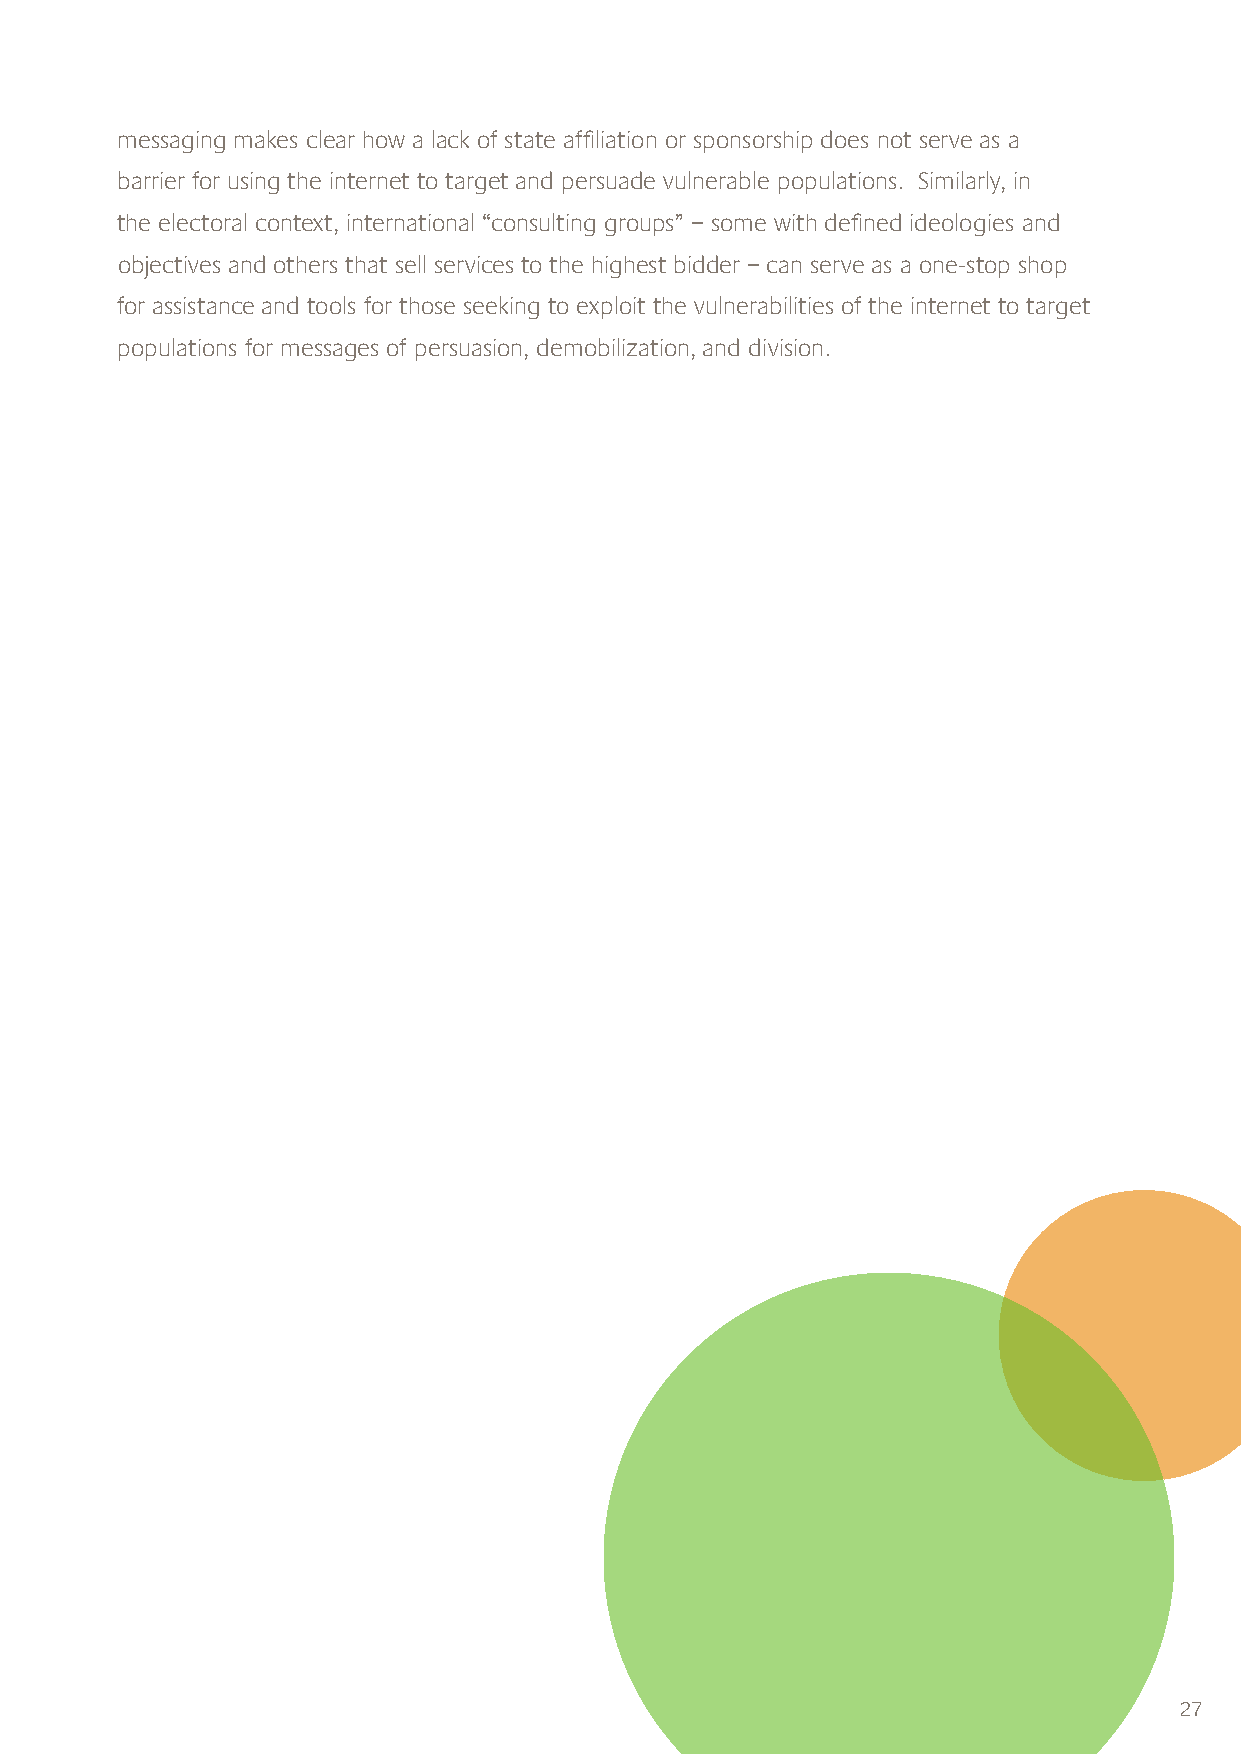
messaging makes clear how a lack of state affi liation or sponsorship does not serve as a
 barrier for using the internet to target and persuade vulnerable populations. Similarly, in
 the electoral context, international “consulting groups” – some with defi ned ideologies and
 objectives and others that sell services to the highest bidder – can serve as a one-stop shop
 for assistance and tools for those seeking to exploit the vulnerabilities of the internet to target
 populations for messages of persuasion, demobilization, and division.
 27